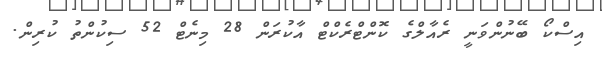
އިސްކޯ ބޭނުންވަނީ ރެއާލްގެ ކޮންޓްރެކްޓް އާކުރަން 28 މިނެޓް 52 ސިކުންތު ކުރިން.